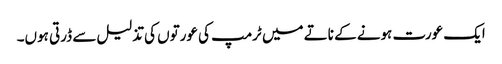
ایک عورت ہونے کے ناتے میں ٹرمپ کی عورتوں کی تذلیل سے ڈرتی ہوں۔